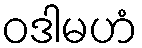
ဝဒါမဟံ